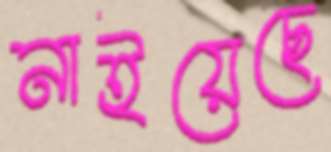
নাইয়েছে